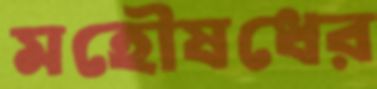
মহৌষধের